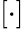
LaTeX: \left[\cdot\right]